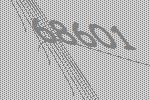
68601